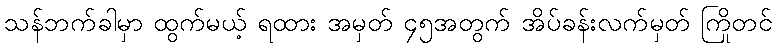
သန်ဘက်ခါမှာ ထွက်မယ့် ရထား အမှတ် ၄၅အတွက် အိပ်ခန်းလက်မှတ် ကြိုတင်